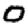
Digit: 0